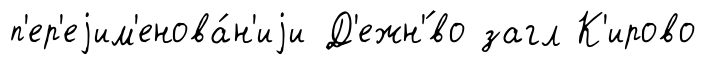
п'ер'еjим'енова́н'иjи Д'ежн'́во загл К'ирово